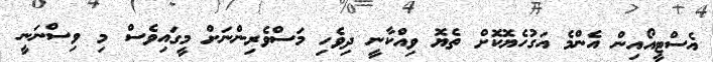
އެސްޓީއޯއިން އެންމެ އަގުހެޔޮކޮށް ތެޔޮ ވިއްކާނީ ދިވެހި މަސްވެރިންނަށް މީގައިވެސް މި ވިސްނަނީ